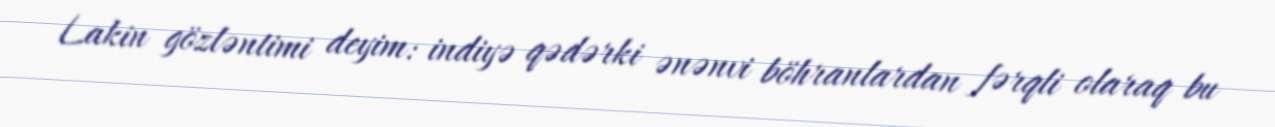
Lakin gözləntimi deyim: indiyə qədərki ənənvi böhranlardan fərqli olaraq bu